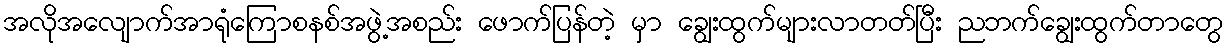
အလိုအလျောက်အာရုံကြောစနစ်အဖွဲ့အစည်း ဖောက်ပြန်တဲ့ မှာ ချွေးထွက်များလာတတ်ပြီး ညဘက်ချွေးထွက်တာတွေ